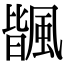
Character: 𩘅